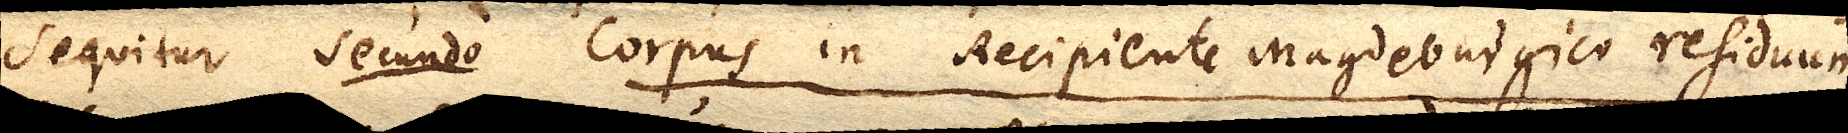
Sequitur secundo corpus in Recipiente Magdeburgico residuum